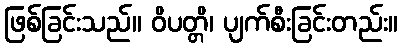
ဖြစ်ခြင်းသည်။ ဝိပတ္တိ၊ ပျက်စီးခြင်းတည်း။